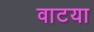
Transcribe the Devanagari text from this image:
वाटया